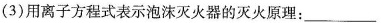
(3)用离子方程式表示泡沫灭火器的灭火原理：___